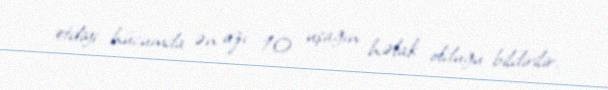
etdiyi hücumda ən azı 10 uşağın həlak olduğu bildirilir.